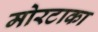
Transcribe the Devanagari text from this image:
मोरटाका